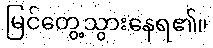
မြင်တွေ့သွားနေရ၏။